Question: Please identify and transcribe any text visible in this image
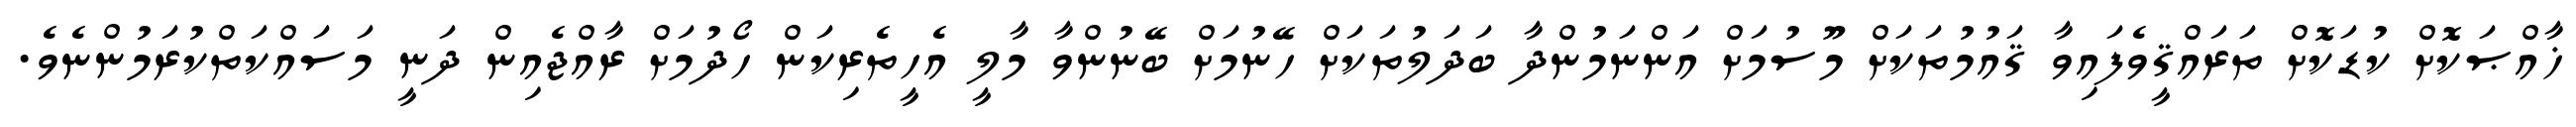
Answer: ޚާއްޞަކޮށް ކުޑަކޮށް ތަރައްޤީވެފައިވާ ޤައުމުތަކަށް މޫސުމަށް އަންނަމުންދާ ބަދަލުތަކަށް ހޭނުމަށް ބޭނުންވާ މާލީ އެހީތެރިކަން ހޯދުމަށް ރާއްޖެއިން ދަނީ މަސައްކަތްކުރަމުންނެވެ.